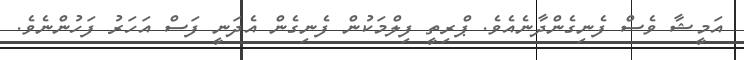
އަމީޝާ ވެސް ފެނިގެންދާނެއެވެ. ޕްރިތީ ފިލްމަކުން ފެނިގެން އެދަނީ ފަސް އަހަރު ފަހުންނެވެ.